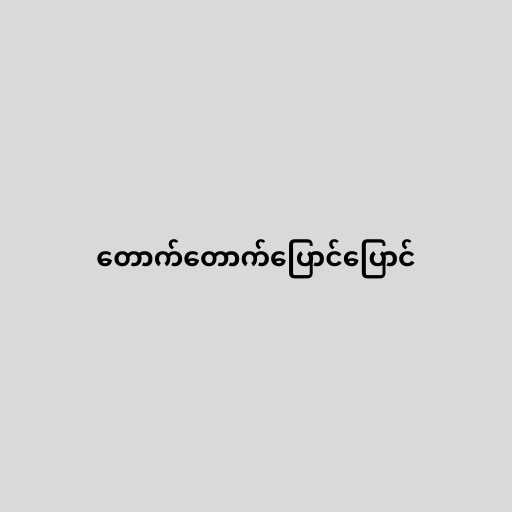
တောက်တောက်ပြောင်ပြောင်